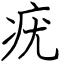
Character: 疣